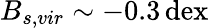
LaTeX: B_{s,vir}\sim-0.3\, \mathrm{dex}